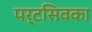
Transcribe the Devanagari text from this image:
पर्टसिवका